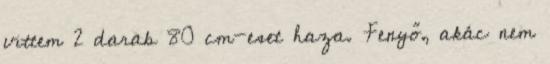
vittem 2 darab 80 cm-eset haza. Fenyő, akác nem